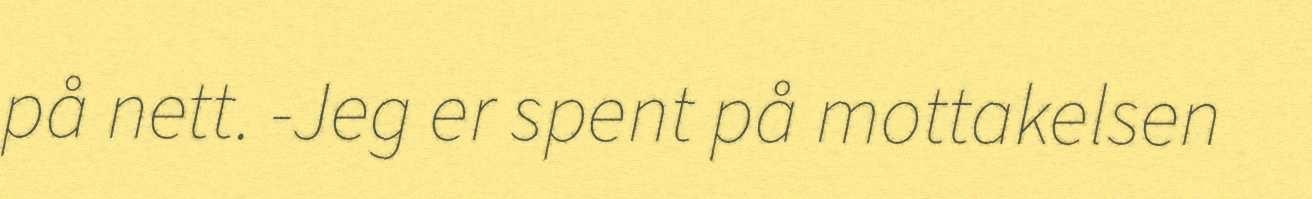
på nett. -Jeg er spent på mottakelsen